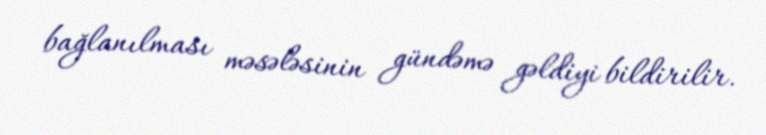
bağlanılması məsələsinin gündəmə gəldiyi bildirilir.